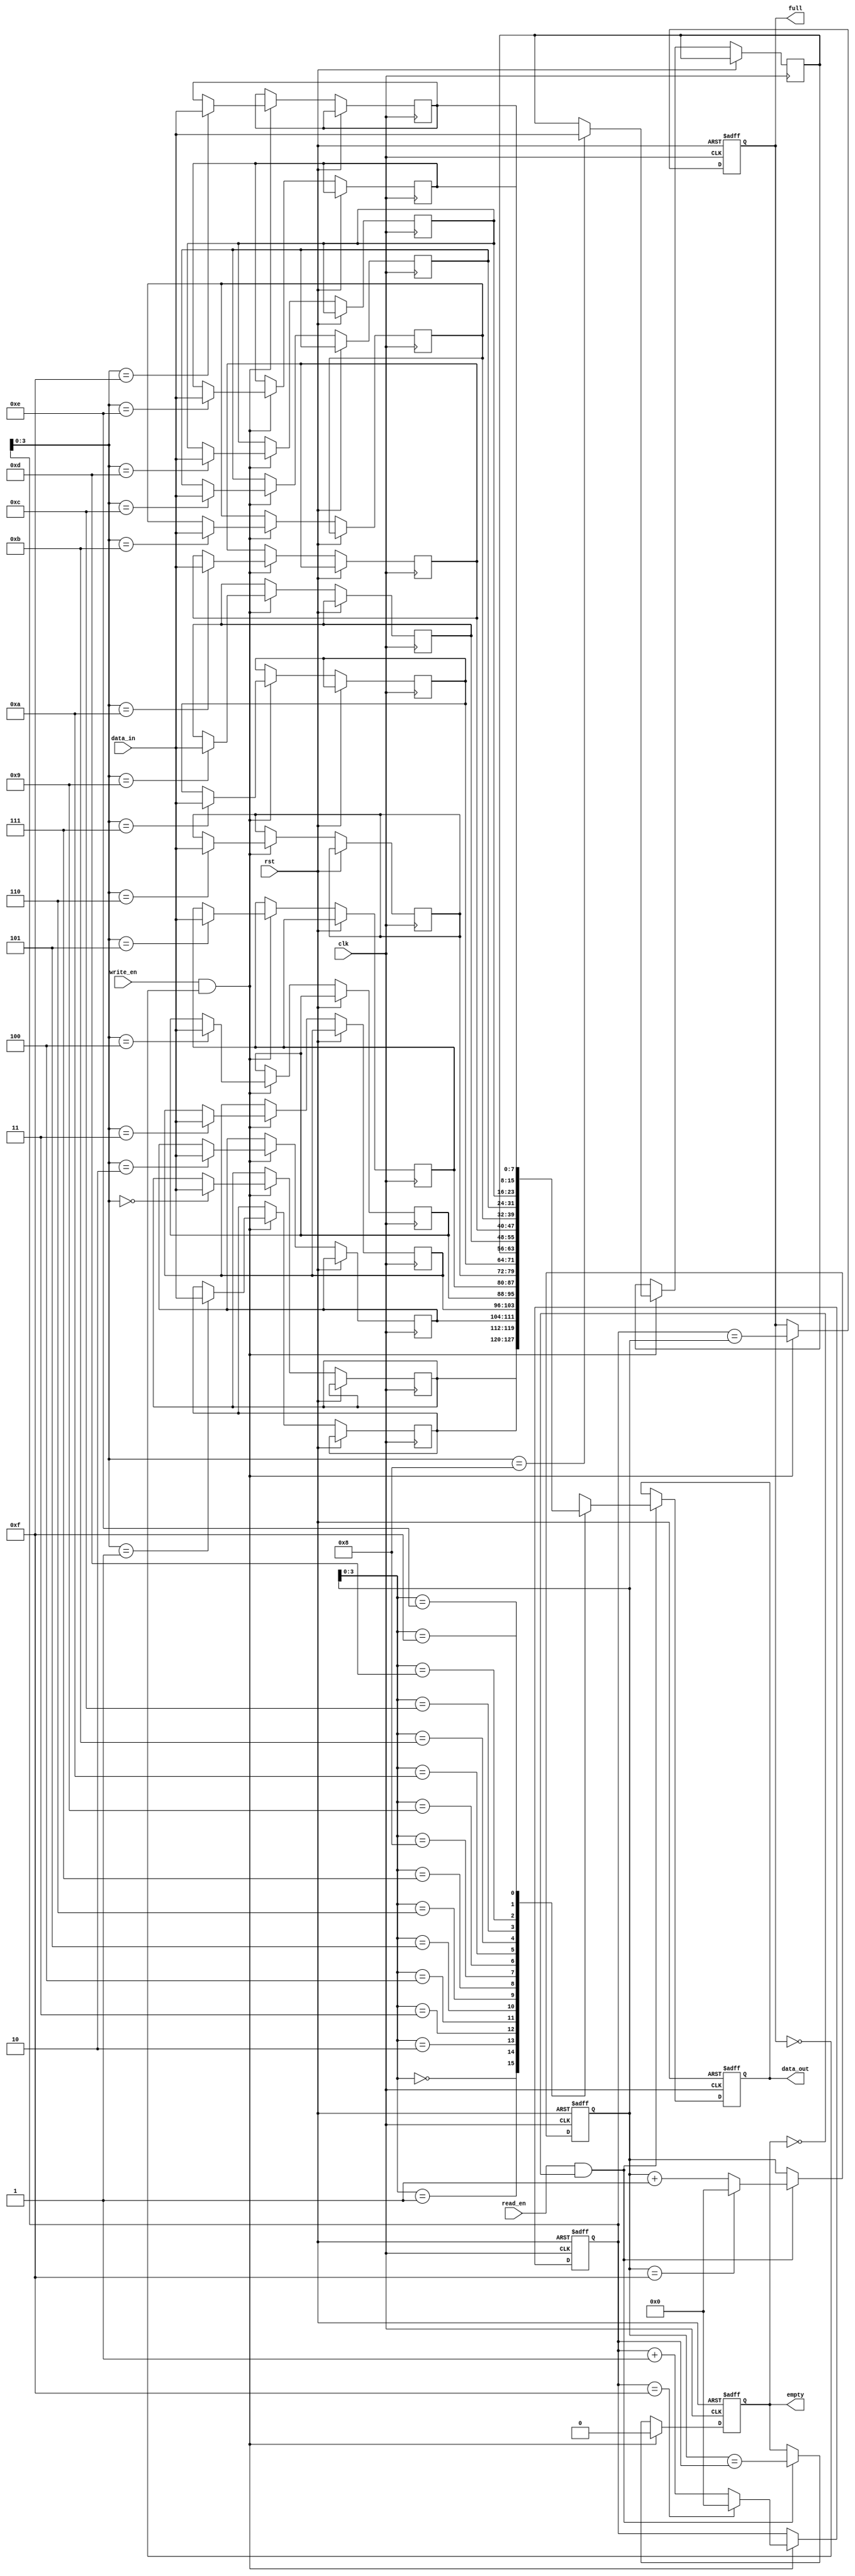
module bidirectional_fifo (
    input wire clk,
    input wire rst,
    input wire read_en,
    input wire write_en,
    input wire [DATA_WIDTH-1:0] data_in,
    output reg [DATA_WIDTH-1:0] data_out,
    output reg full,
    output reg empty
);

parameter FIFO_DEPTH = 16;
parameter DATA_WIDTH = 8;

reg [FIFO_DEPTH-1:0] read_ptr;
reg [FIFO_DEPTH-1:0] write_ptr;
reg [DATA_WIDTH-1:0] fifo [0:FIFO_DEPTH-1];

always @ (posedge clk or posedge rst)
begin
    if (rst)
    begin
        read_ptr <= 0;
        write_ptr <= 0;
        full <= 0;
        empty <= 1;
        data_out <= 0;
    end
    else
    begin
        if (read_en && !empty)
        begin
            data_out <= fifo[read_ptr];
            read_ptr <= (read_ptr == FIFO_DEPTH-1) ? 0 : read_ptr + 1;
            empty <= (read_ptr == write_ptr);
        end
        
        if (write_en && !full)
        begin
            fifo[write_ptr] <= data_in;
            write_ptr <= (write_ptr == FIFO_DEPTH-1) ? 0 : write_ptr + 1;
            full <= (write_ptr == read_ptr);
            empty <= 0;
        end
    end
end

endmodule